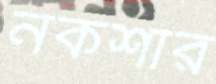
নকশার